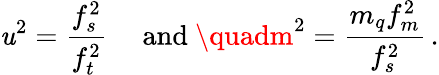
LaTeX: \mathit{u}^{2}={\frac{{f_{s}^{2}}}{{f_{t}^{2}}}}\quad\mathrm{{~and~}}\quadm^{2}={\frac{{m_{q}f_{m}^{2}}}{{f_{s}^{2}}}}\, .